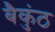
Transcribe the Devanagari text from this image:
बैकुंठ